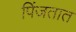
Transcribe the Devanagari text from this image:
पिंजतात